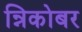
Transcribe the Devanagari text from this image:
न्निकोबर